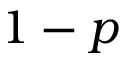
1 - p